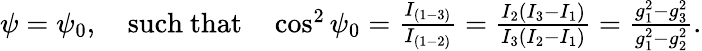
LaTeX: \begin{array}{r}{\psi=\psi_{0},\quad\mathrm{such~that}\quad\cos^{2}\psi_{0}=\frac{I_{(1-3)}}{I_{(1-2)}}=\frac{I_{2}(I_{3}-I_{1})}{I_{3}(I_{2}-I_{1})}=\frac{g_{1}^{2}-g_{3}^{2}}{g_{1}^{2}-g_{2}^{2}}.}\end{array}